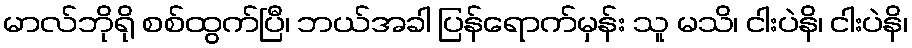
မာလ်ဘိုရို စစ်ထွက်ပြီ၊ ဘယ်အခါ ပြန်ရောက်မှန်း သူ မသိ၊ ငါးပဲနိ၊ ငါးပဲနိ၊